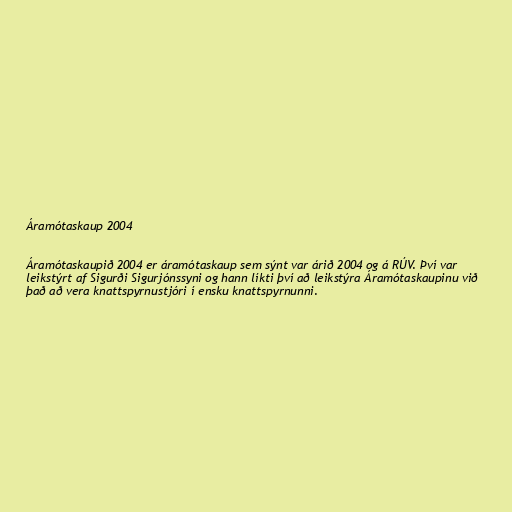
Áramótaskaup 2004

Áramótaskaupið 2004 er áramótaskaup sem sýnt var árið 2004 og á RÚV. Því var
leikstýrt af Sigurði Sigurjónssyni og hann líkti því að leikstýra Áramótaskaupinu við
það að vera knattspyrnustjóri í ensku knattspyrnunni.